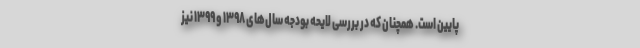
پایین است. همچنان که در بررسی لایحه بودجه سال‌های ۱۳۹۸ و ۱۳۹۹ نیز